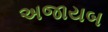
અજાયબ